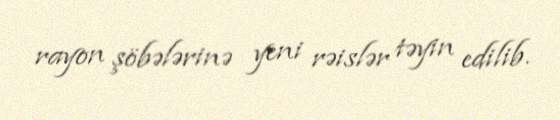
rayon şöbələrinə yeni rəislər təyin edilib.